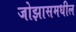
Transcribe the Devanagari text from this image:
जोझासमधील